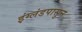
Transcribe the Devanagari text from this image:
इंग्लंडपासुन